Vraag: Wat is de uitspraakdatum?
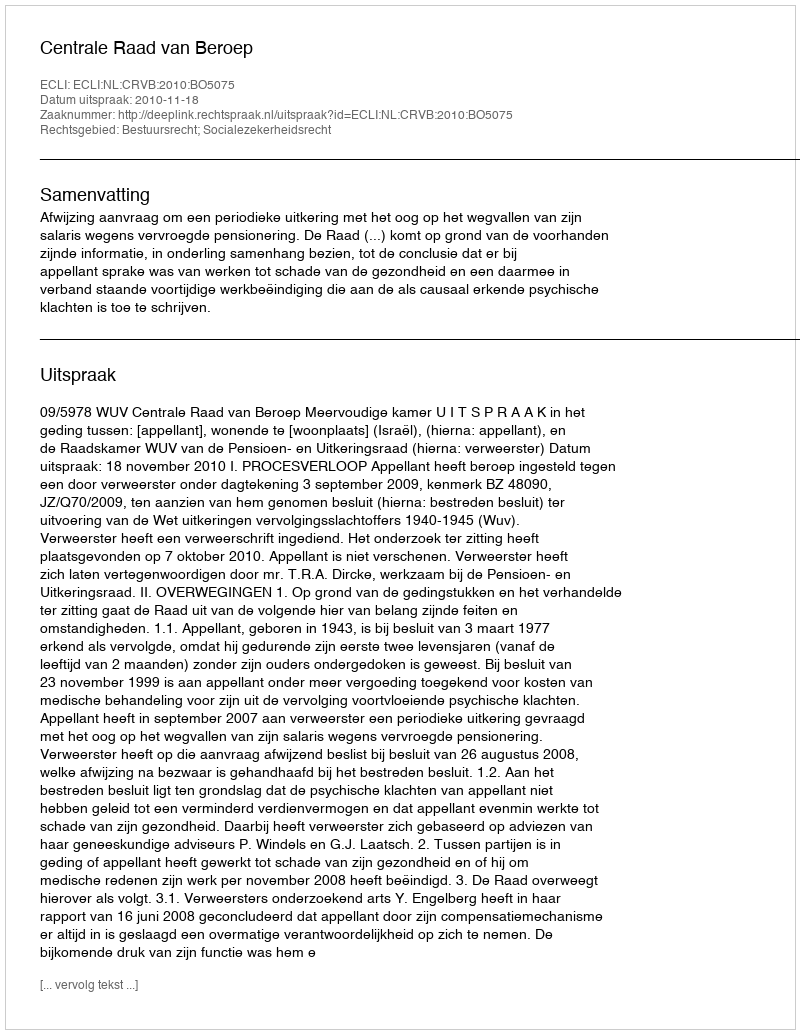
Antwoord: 2010-11-18